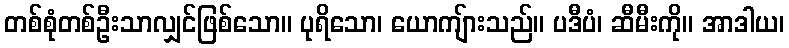
တစ်စုံတစ်ဦးသာလျှင်ဖြစ်သော။ ပုရိသော၊ ယောကျ်ားသည်။ ပဒီပံ၊ ဆီမီးကို။ အာဒါယ၊